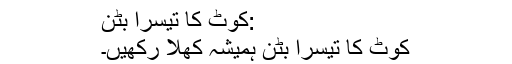
:کوٹ کا تیسرا بٹن
کوٹ کا تیسرا بٹن ہمیشہ کھلا رکھیں۔